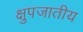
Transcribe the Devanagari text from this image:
क्षुपजातीय